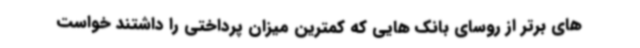
های برتر از روسای بانک هایی که کمترین میزان پرداختی را داشتند خواست